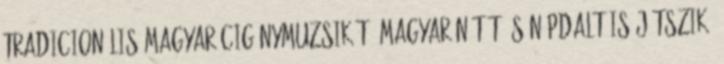
tradicionális magyar cigánymuzsikát, magyar nótát és népdalt is játszik.